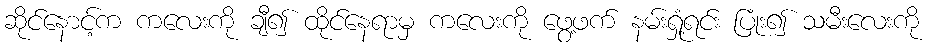
ဆိုင်နောင့်က ကလေးကို ချီ၍ ထိုင်နေရာမှ ကလေးကို ဖွေ့ဖက် နမ်းရှုံ့ရင်း ပြုံး၍ သမီးလေးကို